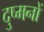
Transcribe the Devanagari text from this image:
दुष्मनों